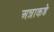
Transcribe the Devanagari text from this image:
अन्नाकडे